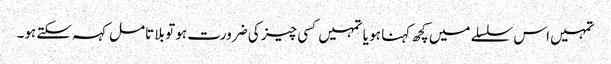
تمہیں اس سلسلے میں کچھ کہنا ہو یا تمہیں کسی چیز کی ضرورت ہو تو بلا تامل کہہ سکتے ہو۔